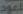
للعود